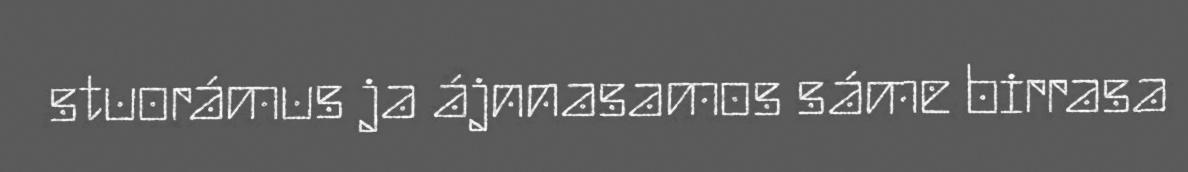
stuorámus ja ájnnasamos sáme birrasa